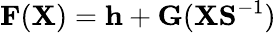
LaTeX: {\displaystyle{\mathbf F}({\mathbf X})={\mathbf h}+{\mathbf G}({\mathbf X}{\mathbf S}^{-1})}